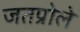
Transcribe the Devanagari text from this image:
जतप्रोले